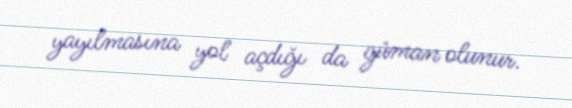
yayılmasına yol açdığı da güman olunur.